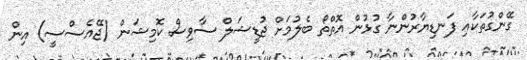
ގޭންގުތަކާއި ފަނޑިޔާރުންނާ ގުޅުން އޮތްތޯ ބެލުމަށް ޖުޑީޝަލް ސާވިސް ކޮމިޝަން (ޖޭއެސްސީ) އިން